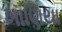
ખાણિયા